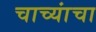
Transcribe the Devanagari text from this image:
चाच्यांचा